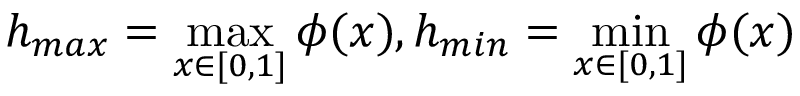
h _ { m a x } = \operatorname* { m a x } _ { x \in [ 0 , 1 ] } \phi ( x ) , h _ { m i n } = \operatorname* { m i n } _ { x \in [ 0 , 1 ] } \phi ( x )